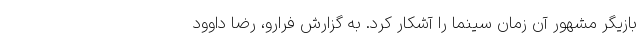
بازیگر مشهور آن زمان سینما را آشکار کرد. به گزارش فرارو، رضا داوود